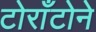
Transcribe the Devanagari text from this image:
टोराँटोने